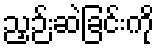
ညှဉ်းဆဲခြင်းကို